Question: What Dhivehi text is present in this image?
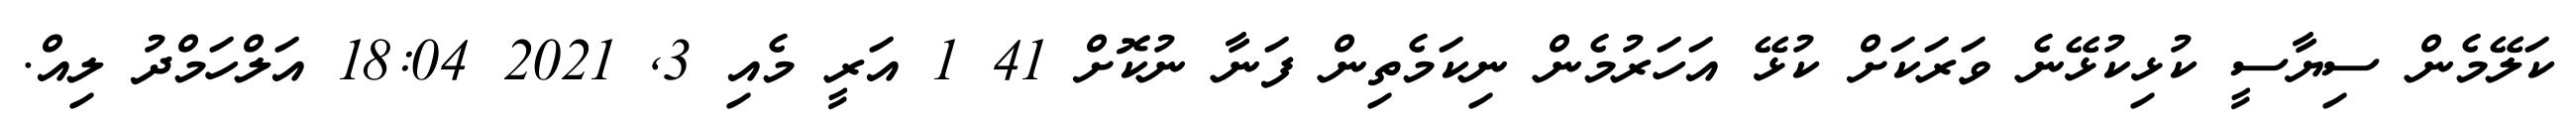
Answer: ކަލޭމެން ސިޔާސީ ކުޅިކުޅޭނެ ވަރަކަށް ކުޅޭ އަހަރުމެން ނިކަމެތިން ފަނާ ނުކޮށް 41 1 އަރީ މެއި 3, 2021 18:04 އަލްހަމްދު ލިއް.